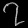
Digit: ၇